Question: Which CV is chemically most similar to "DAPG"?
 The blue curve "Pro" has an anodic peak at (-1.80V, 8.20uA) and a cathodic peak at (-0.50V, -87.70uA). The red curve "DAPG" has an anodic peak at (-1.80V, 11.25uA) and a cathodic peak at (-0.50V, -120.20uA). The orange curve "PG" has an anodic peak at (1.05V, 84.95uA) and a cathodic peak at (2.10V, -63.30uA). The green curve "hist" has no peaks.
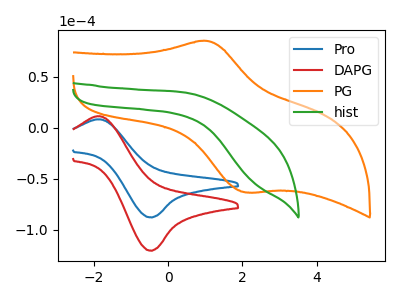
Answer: <think>All the peaks in "Pro" have a peak in "DAPG" at the same potential. Every peak in "Pro" is lower than every peak in "DAPG". "Pro" and "PG" have at least one peak that do not match. "Pro" and "hist" have a different number of peaks. "DAPG" and "PG" have at least one peak that do not match. "DAPG" and "hist" have a different number of peaks. "PG" and "hist" have a different number of peaks.
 </think>
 <answer>The CV with the most similar shape to "Pro" is "DAPG".</answer>
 <eval>"DAPG"</eval>